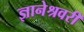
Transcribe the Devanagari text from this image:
ज्ञानेश्रवरी